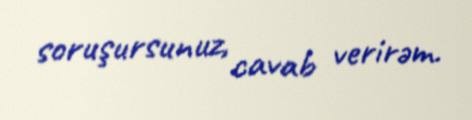
soruşursunuz, cavab verirəm.